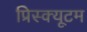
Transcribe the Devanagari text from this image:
प्रिस्क्यूटम